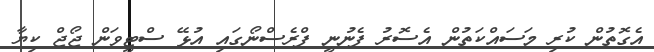
އެގޮތުން ކުރި މަސައްކަތުން އެސޮރު ފެނުނީ ފްރެސްނޯގައި އުޅޭ ސްޓީވަން ޖޯޖް ކިޔާ